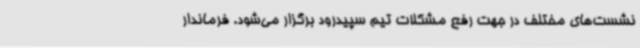
نشست‌های مختلف در جهت رفع مشکلات تیم سپیدرود برگزار می‌شود. فرماندار